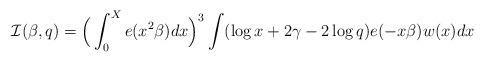
LaTeX: \begin{align*}\mathcal{I}(\beta,q)=\Big(\int_0^X e(x^2\beta)dx\Big)^3\int(\log x+2\gamma-2\log q)e(-x\beta)w(x)dx\end{align*}